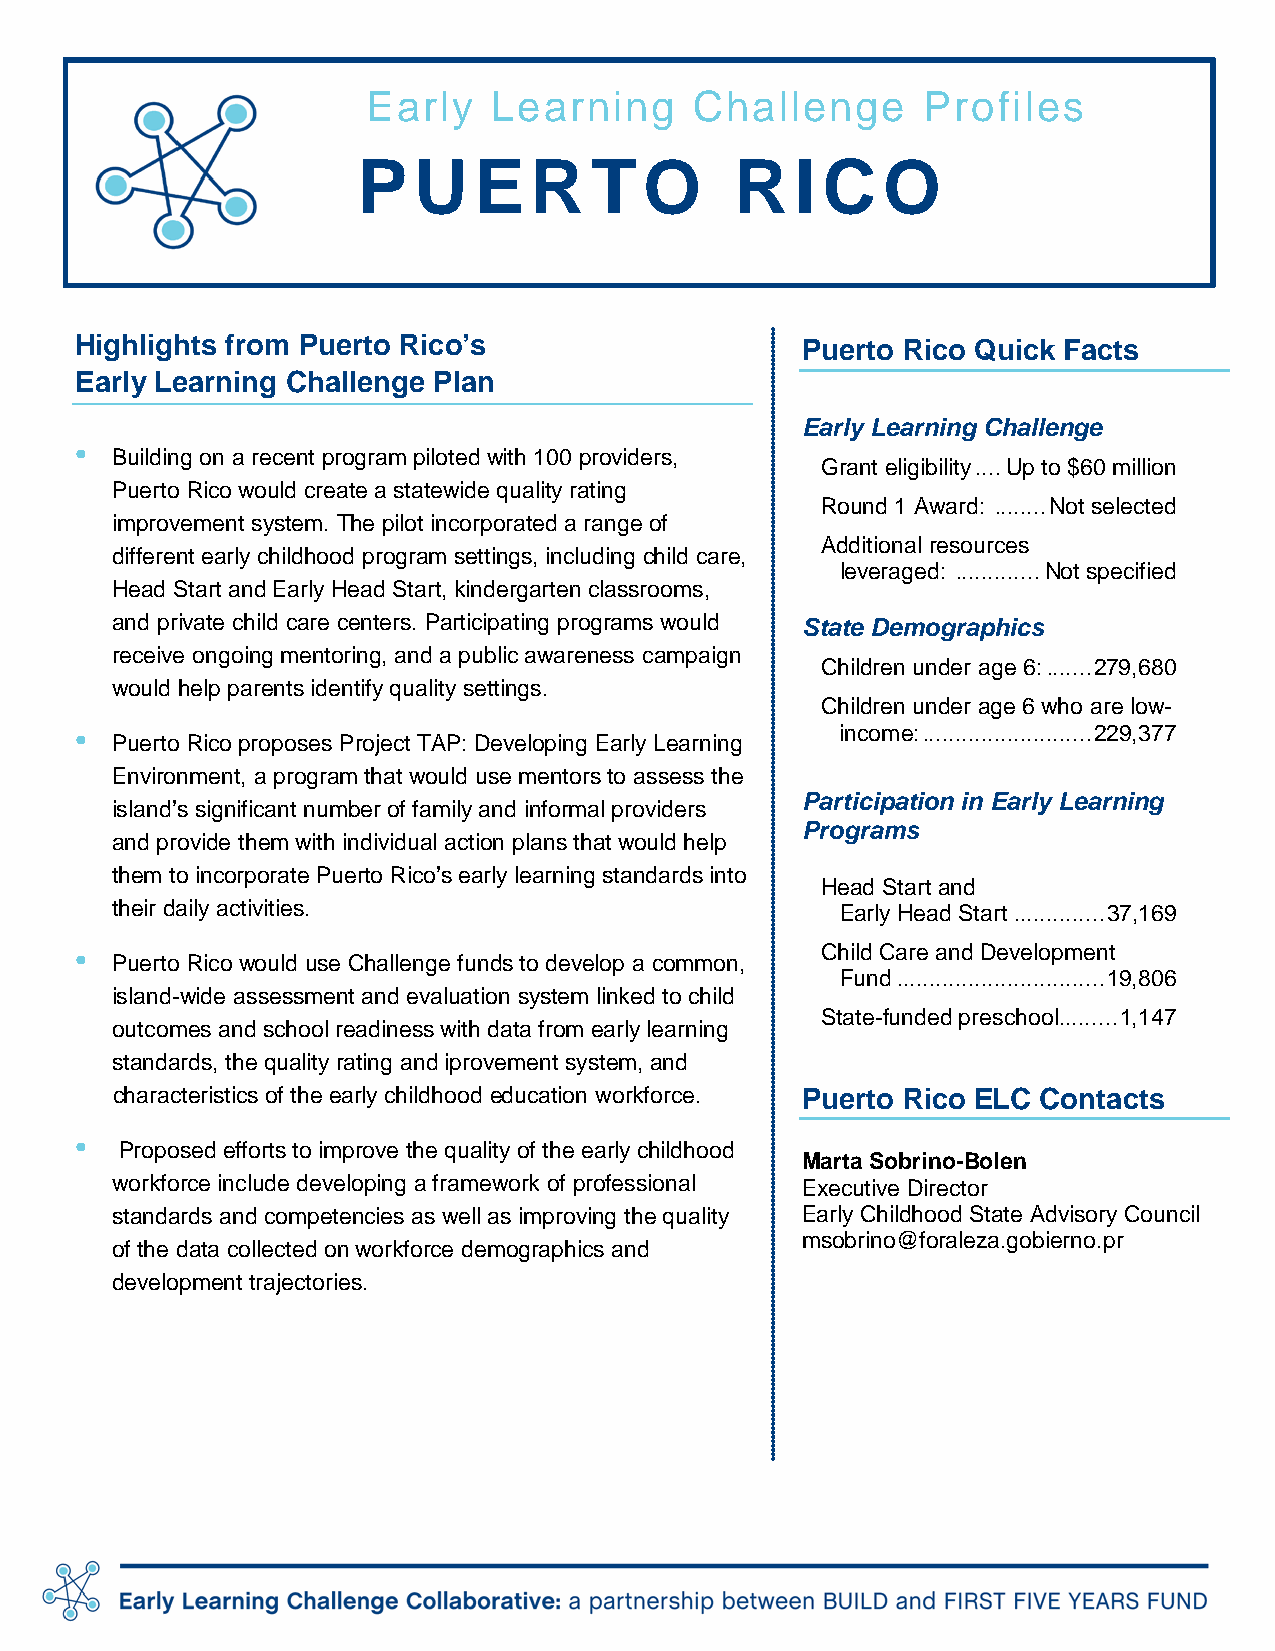
Early    Learning     Challenge      Profiles
 PU     ER      TO        R   I C  O
 Highlights from Puerto Rico’s                   Puerto Rico Quick Facts
 Early Learning Challenge Plan
 Early Learning Challenge
 •
 Building on a recent program piloted with 100 providers,
 Grant eligibility .... Up to $60 million
 Puerto Rico would create a statewide quality rating
 Round 1 Award: ........ Not selected
 improvement system. The pilot incorporated a range of
 Additional resources
 different early childhood program settings, including child care,
 leveraged: ............. Not specified
 Head Start and Early Head Start, kindergarten classrooms,
 and private child care centers. Participating programs would State Demographics
 receive ongoing mentoring, and a public awareness campaign
 Children under age 6: ....... 279,680
 would help parents identify quality settings.
 Children under age 6 who are low-
 •                                                  income: .......................... 229,377
 Puerto Rico proposes Project TAP: Developing Early Learning
 Environment, a program that would use mentors to assess the
 Participation in Early Learning
 island’s significant number of family and informal providers
 Programs
 and provide them with individual action plans that would help
 them to incorporate Puerto Rico’s early learning standards into
 Head Start and
 their daily activities.                          Early Head Start .............. 37,169
 •                                                Child Care and Development
 Puerto Rico would use Challenge funds to develop a common,
 Fund ................................ 19,806
 island-wide assessment and evaluation system linked to child
 State-funded preschool ......... 1,147
 outcomes and school readiness with data from early learning
 standards, the quality rating and iprovement system, and
 characteristics of the early childhood education workforce. Puerto Rico ELC Contacts
 •
 Proposed efforts to improve the quality of the early childhood
 Marta Sobrino-Bolen
 workforce include developing a framework of professional Executive Director
 standards and competencies as well as improving the quality Early Childhood State Advisory Council
 msobrino@foraleza.gobierno.pr
 of the data collected on workforce demographics and
 development trajectories.